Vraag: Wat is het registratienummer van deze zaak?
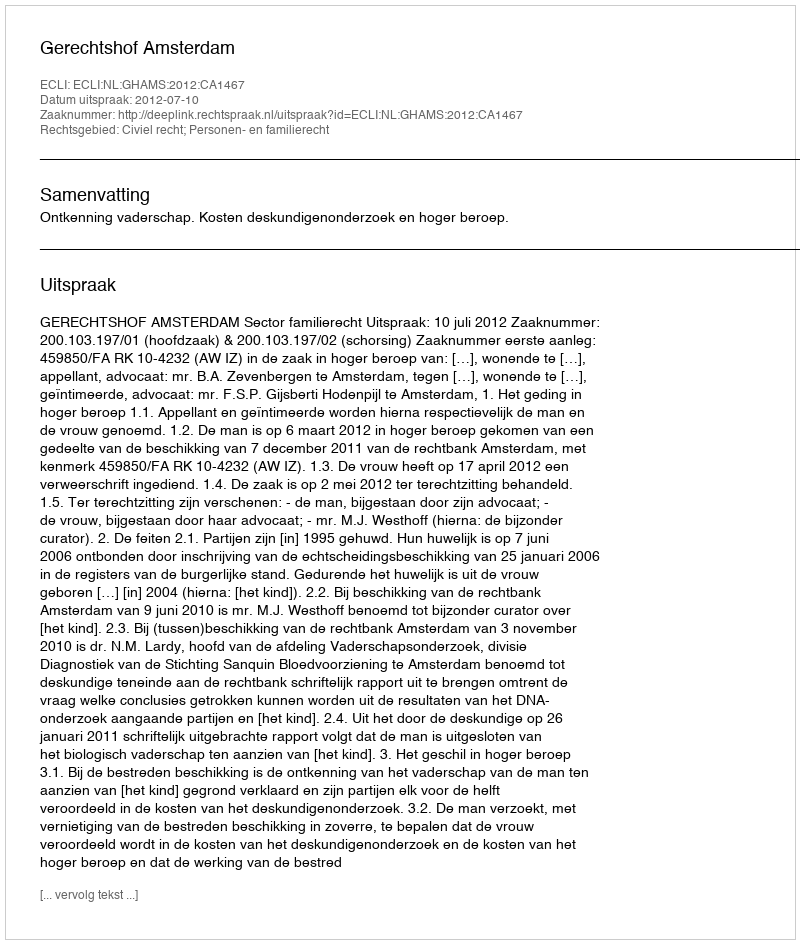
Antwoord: http://deeplink.rechtspraak.nl/uitspraak?id=ECLI:NL:GHAMS:2012:CA1467